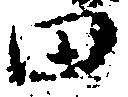
田